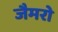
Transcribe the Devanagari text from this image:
जैमरो